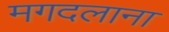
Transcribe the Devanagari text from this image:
मगदलाना